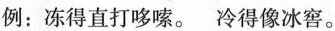
例：冻得直打哆嗦。冷得像冰窖。